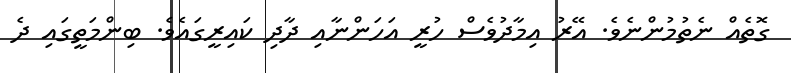
ގޮތެއް ނެތުމުންނެވެ. އޭރު އިމާދުވެސް ހުރީ އަހަންނާއި ދާދި ކައިރީގައެވެ. ބިންމަތީގައި ދެ